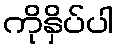
ကိုနှိပ်ပါ